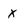
Character: x